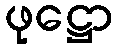
ဖုဋ္ဌော